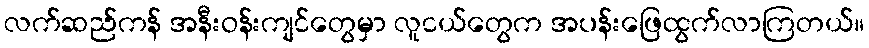
လက်ဆည်ကန် အနီးဝန်းကျင်တွေမှာ လူငယ်တွေက အပန်းဖြေထွက်လာကြတယ်။